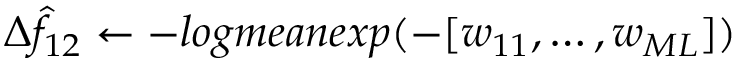
\Delta \hat { f } _ { 1 2 } \gets - l o g m e a n e x p ( - [ w _ { 1 1 } , \dots , w _ { M L } ] )